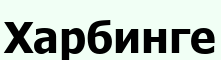
Харбинге